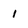
Character: 1